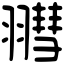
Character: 𦒄